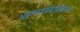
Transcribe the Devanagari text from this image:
भारतातबाहेरच्या